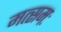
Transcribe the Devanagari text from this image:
मत्समः